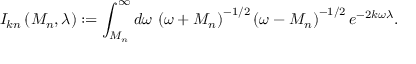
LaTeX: I _ { k n } \left( M _ { n } , \lambda \right) : = \int _ { M _ { n } } ^ { \infty } d \omega \, \left( \omega + M _ { n } \right) ^ { - 1 / 2 } \left( \omega - M _ { n } \right) ^ { - 1 / 2 } e ^ { - 2 k \omega \lambda } .